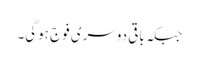
جبکہ باقی دوسری فوج ہوگی۔